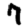
Digit: 7